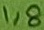
Text: 1,8